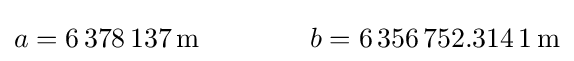
a=6\,378\,137\,\mathrm {m} \quad \quad \quad \quad b=6\,356\,752{.}314\,1\,\mathrm {m}